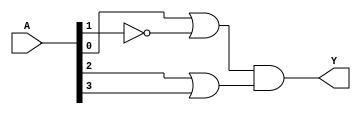
module pos_circuit #(parameter N = 4) (
    input [N-1:0] A,      // N inputs
    output Y              // Output
);

// Intermediate wires for OR gate outputs
wire [N/2-1:0] or_out;

// Example POS expression: (A1 + A2')(A3 + A4)
// You can modify the inputs and the number of OR gates based on your specific POS expression
assign or_out[0] = A[0] | ~A[1];  // OR gate for (A1 + A2')
assign or_out[1] = A[2] | A[3];   // OR gate for (A3 + A4)

// Final output Y is the AND of the OR gate outputs
assign Y = or_out[0] & or_out[1];

endmodule